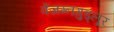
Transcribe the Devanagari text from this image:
वेंजम्नगुड्लूर